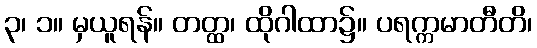
၃၊ ၁။ မှယူရန်။ တတ္ထ၊ ထိုဂါထာ၌။ ပရက္ကမာတီတိ၊